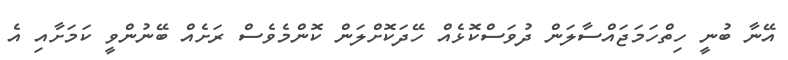
އޭނާ ބުނީ ހިތްހަމަޖައްސާލަން ދުވަސްކޮޅެއް ހޭދަކޮށްލަން ކޮންމެވެސް ރަށެއް ބޭނުންވީ ކަމަށާއި އެ